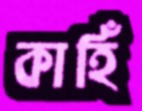
কাহিঁ